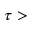
\tau >